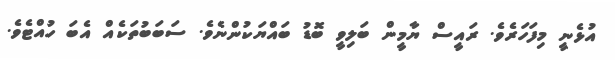
އުޅެނީ މިފަހަރެވެ. ރައީސް ޔާމީން ބަލިވީ ބޮޑު ބައްޔަކުންނެވެ. ސަބަބުތަކެއް އެބަ ހުއްޓެވެ.